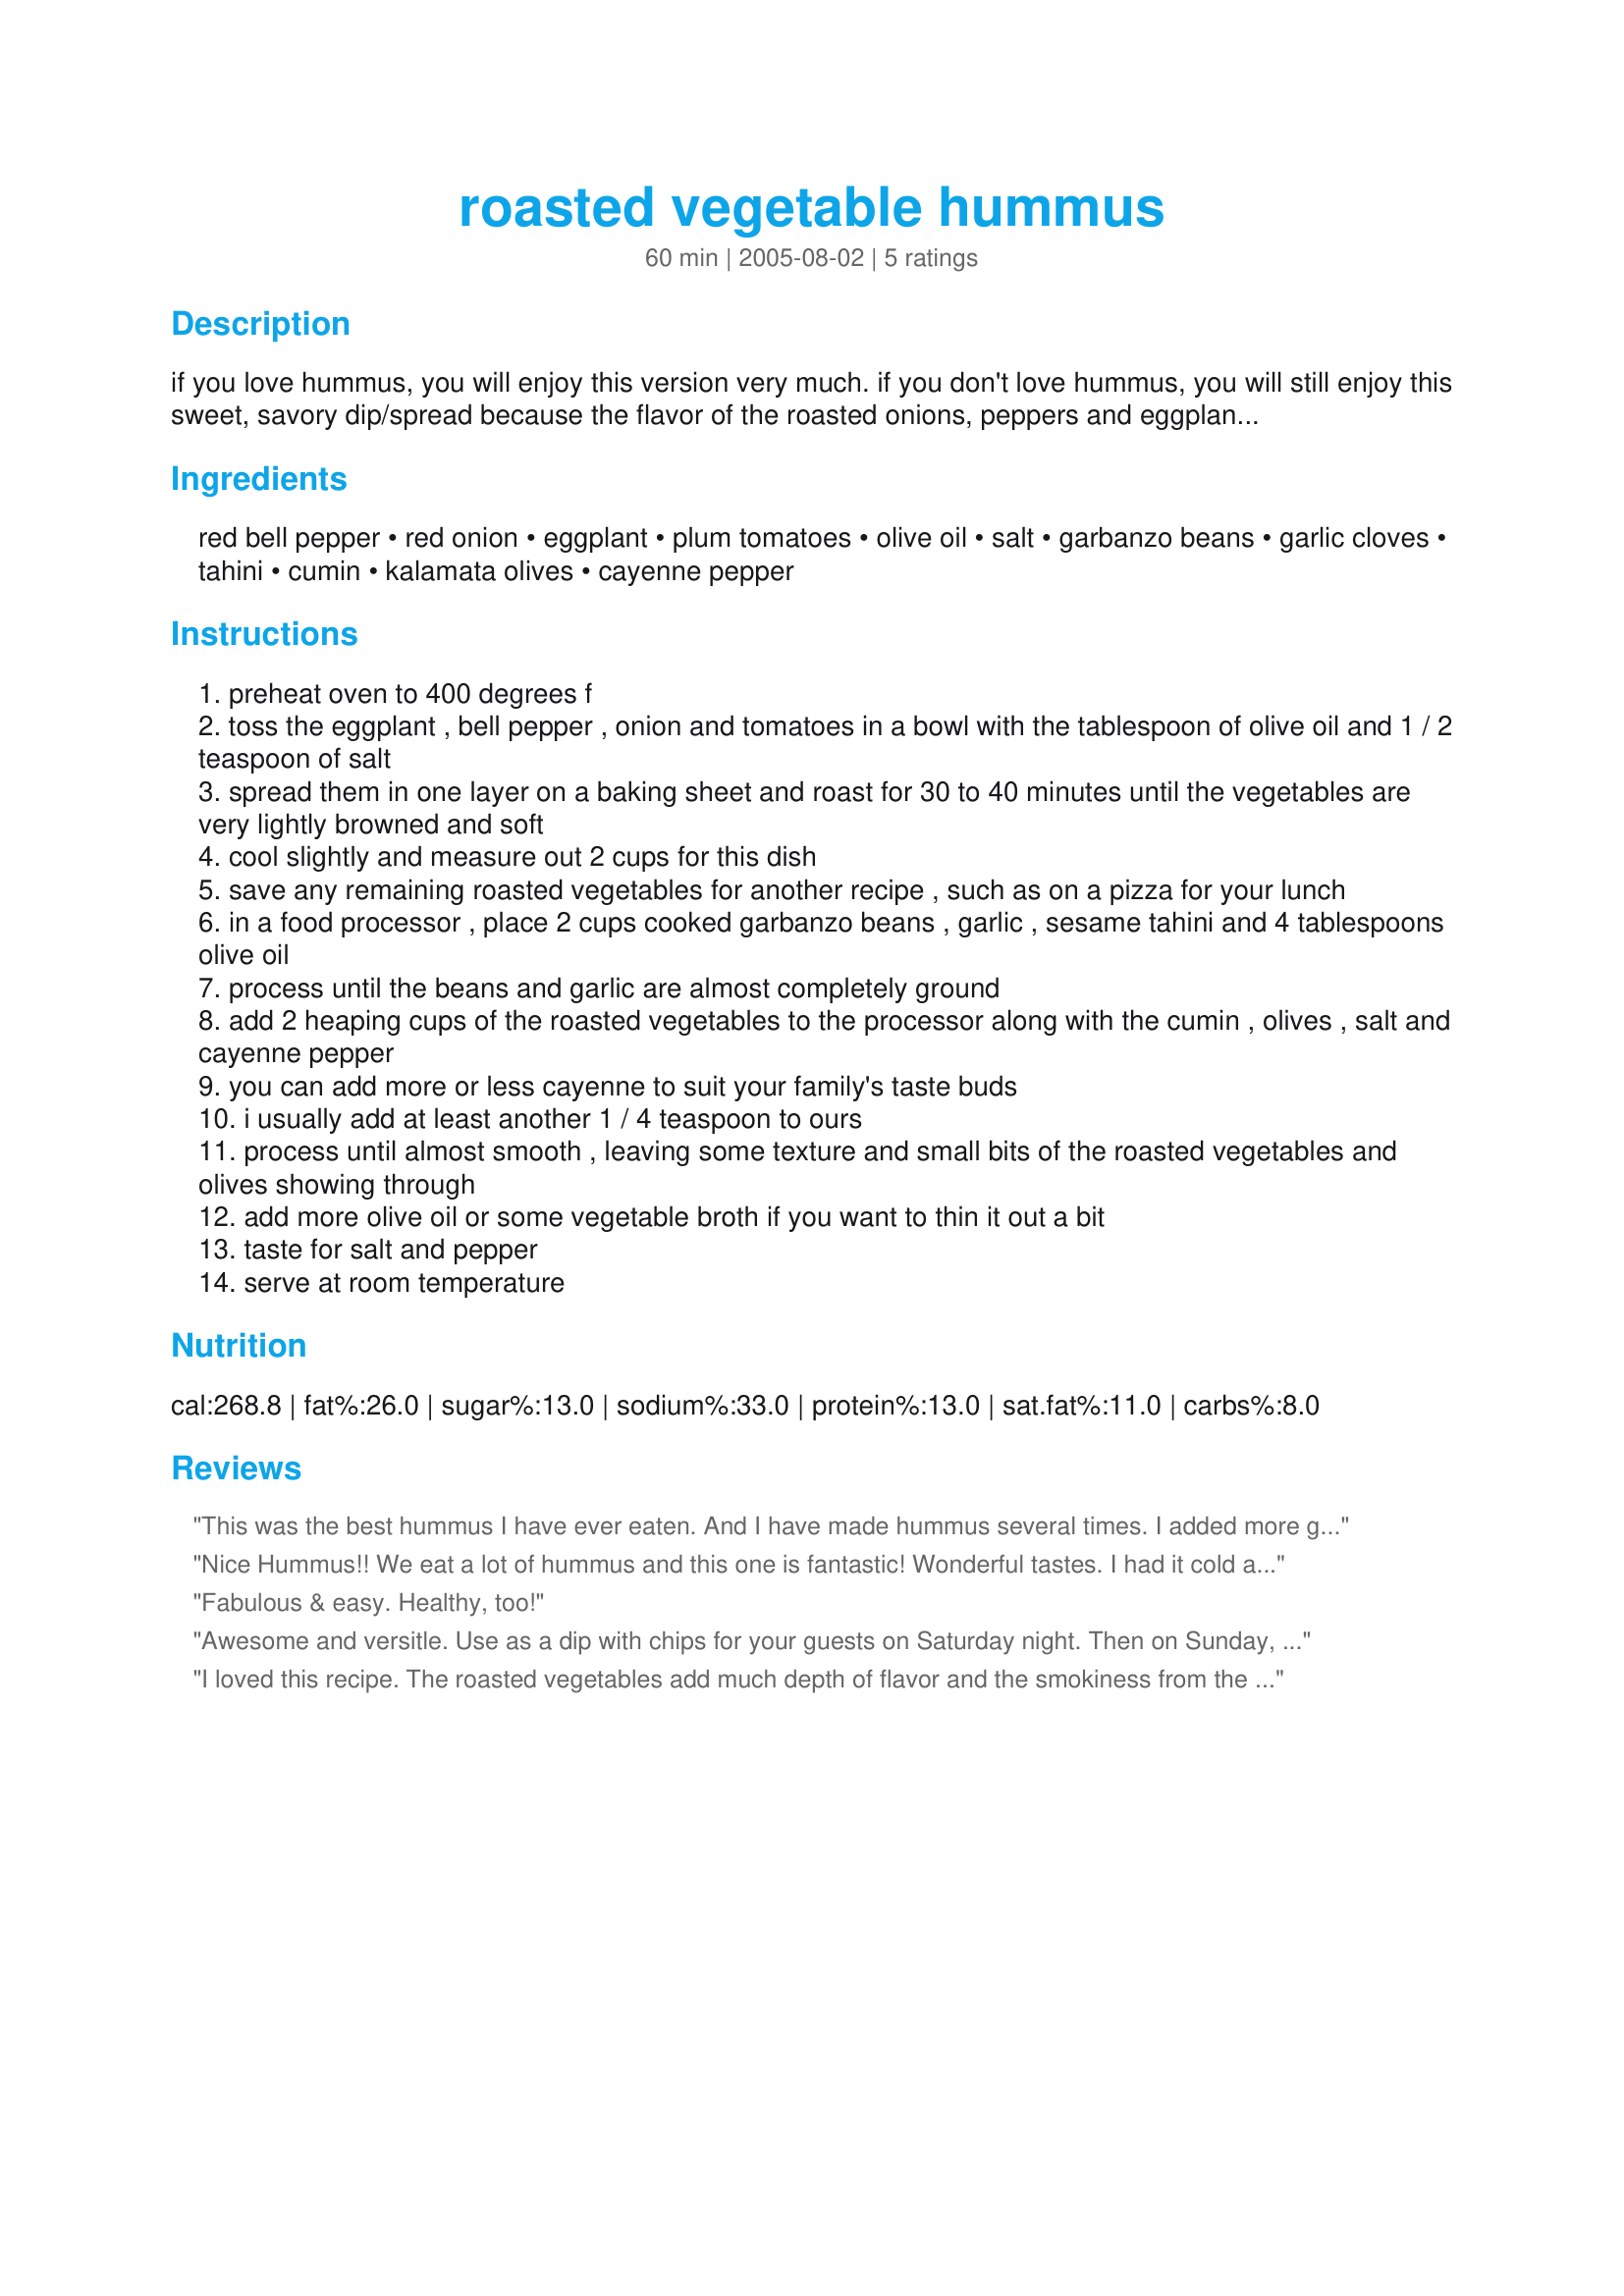
roasted vegetable hummus
Preparation time: 60 minutes

if you love hummus, you will enjoy this version very much. if you don't love hummus, you will still enjoy this sweet, savory dip/spread because the flavor of the roasted onions, peppers and eggplant shines through.
you can make this dip ahead of time as it keeps well for several days in the refrigerator, but please bring it to room temperature or warm slightly before serving with pita chips or as a wonderful sandwich spread.

Ingredients:
red bell pepper, red onion, eggplant, plum tomatoes, olive oil, salt, garbanzo beans, garlic cloves, tahini, cumin, kalamata olives, cayenne pepper

Steps:
preheat oven to 400 degrees f
toss the eggplant , bell pepper , onion and tomatoes in a bowl with the tablespoon of olive oil and 1 / 2 teaspoon of salt
spread them in one layer on a baking sheet and roast for 30 to 40 minutes until the vegetables are very lightly browned and soft
cool slightly and measure out 2 cups for this dish
save any remaining roasted vegetables for another recipe , such as on a pizza for your lunch
in a food processor , place 2 cups cooked garbanzo beans , garlic , sesame tahini and 4 tablespoons olive oil
process until the beans and garlic are almost completely ground
add 2 heaping cups of the roasted vegetables to the processor along with the cumin , olives , salt and cayenne pepper
you can add more or less cayenne to suit your family's taste buds
i usually add at least another 1 / 4 teaspoon to ours
process until almost smooth , leaving some texture and small bits of the roasted vegetables and olives showing through
add more olive oil or some vegetable broth if you want to thin it out a bit
taste for salt and pepper
serve at room temperature

Reviews:
This was the best hummus I have ever eaten. And I have made hummus several times. I added more garlic and I skipped the olives since my husband hates them.
Nice Hummus!! We eat a lot of hummus and this one is fantastic! Wonderful tastes. I had it cold and hot and both were just as good! Thank you!
Fabulous & easy. Healthy, too!
Awesome and versitle. Use as a dip with chips for your guests on Saturday night. Then on Sunday, eat it for lunch with a pita or naan!
I loved this recipe. The roasted vegetables add much depth of flavor and the smokiness from the oven roasting comes through. Great way to use up your garden bounty. At first I thought that 3 tsps. of cumin would be too much, but it was just the right amount. I made two changes. I think hummus just screams for lemon juice, so I did add some, and think it brightened the flavor. Also, since tahini can sometimes be bitter, I used 1/4 cup instead of 1/2. Do make this one day ahead of serving. The flavor develops considerably upon standing. Delicious.
